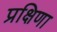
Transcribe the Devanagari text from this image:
प्रक्षिणा